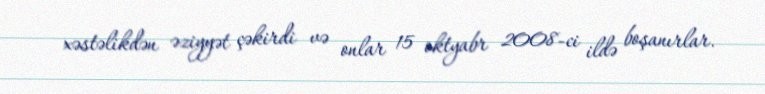
xəstəlikdən əziyyət çəkirdi və onlar 15 oktyabr 2008-ci ildə boşanırlar.